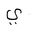
Letter: _ya